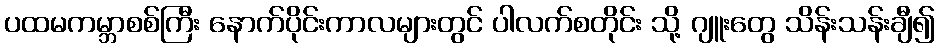
ပထမကမ္ဘာစစ်ကြီး နောက်ပိုင်းကာလများတွင် ပါလက်စတိုင်း သို့ ဂျူးတွေ သိန်းသန်းချီ၍